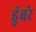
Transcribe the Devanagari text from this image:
हुंबरे